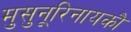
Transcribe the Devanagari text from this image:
मुसुनूरिनायकौ